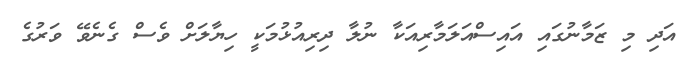
އަދި މި ޒަމާނުގައި އައިސްއަލަމާރިއަކާ ނުލާ ދިރިއުޅުމަކީ ހިޔާލަށް ވެސް ގެނެވޭ ވަރުގެ